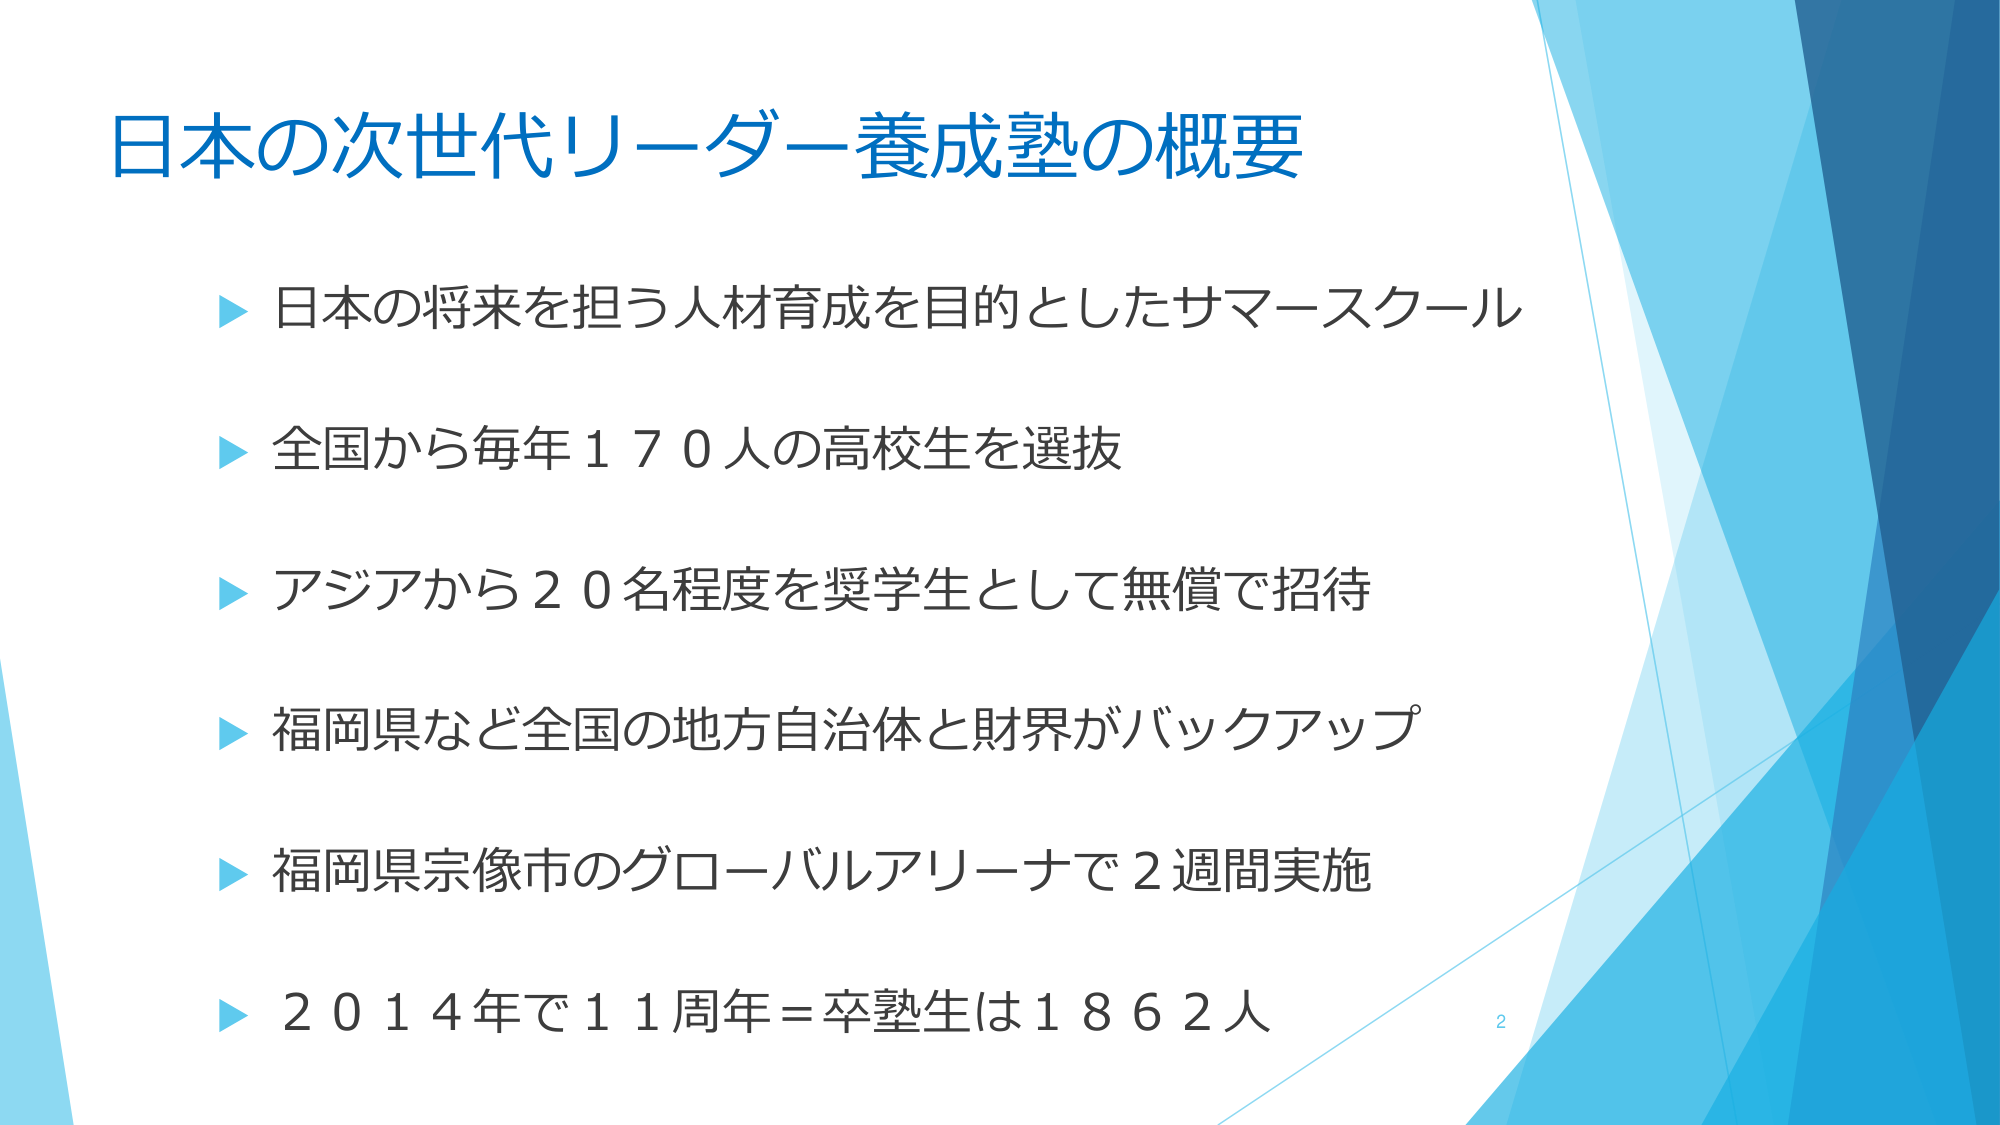
日本の次世代リーダー養成塾の概要

▶ 日本の将来を担う人材育成を目的としたサマースクール
▶ 全国から毎年１７０人の高校生を選抜
▶ アジアから２０名程度を奨学生として無償で招待
▶ 福岡県など全国の地方自治体と財界がバックアップ
▶ 福岡県宗像市のグローバルアリーナで２週間実施
▶ ２０１４年で１１周年＝卒塾生は１８６２人

2